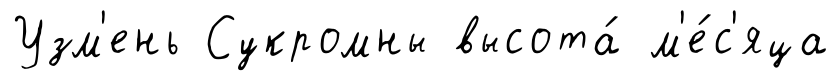
Узм'ень Сукромны высота́ м'е́с'яца